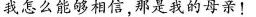
我怎么能够相信，那是我的母亲！